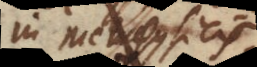
in Metaphysicis